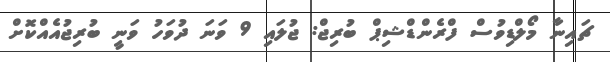
ޗައިނާ މޯލްޑިވުސް ފްރެންޑްޝިޕް ބުރިޖް: ޖުލައި 9 ވަނަ ދުވަހު ވަނީ ބުރިޖުއެއްކޮށް